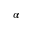
\alpha